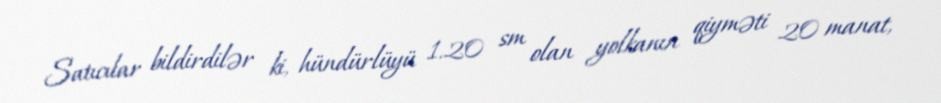
Satıcılar bildirdilər ki, hündürlüyü 1.20 sm olan yolkanın qiyməti 20 manat,